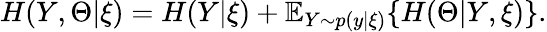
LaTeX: H(Y,\Theta|\xi)=H(Y|\xi)+\mathbb{E}_{Y\sim p(y|\xi)}\{ H(\Theta|Y,\xi)\} .